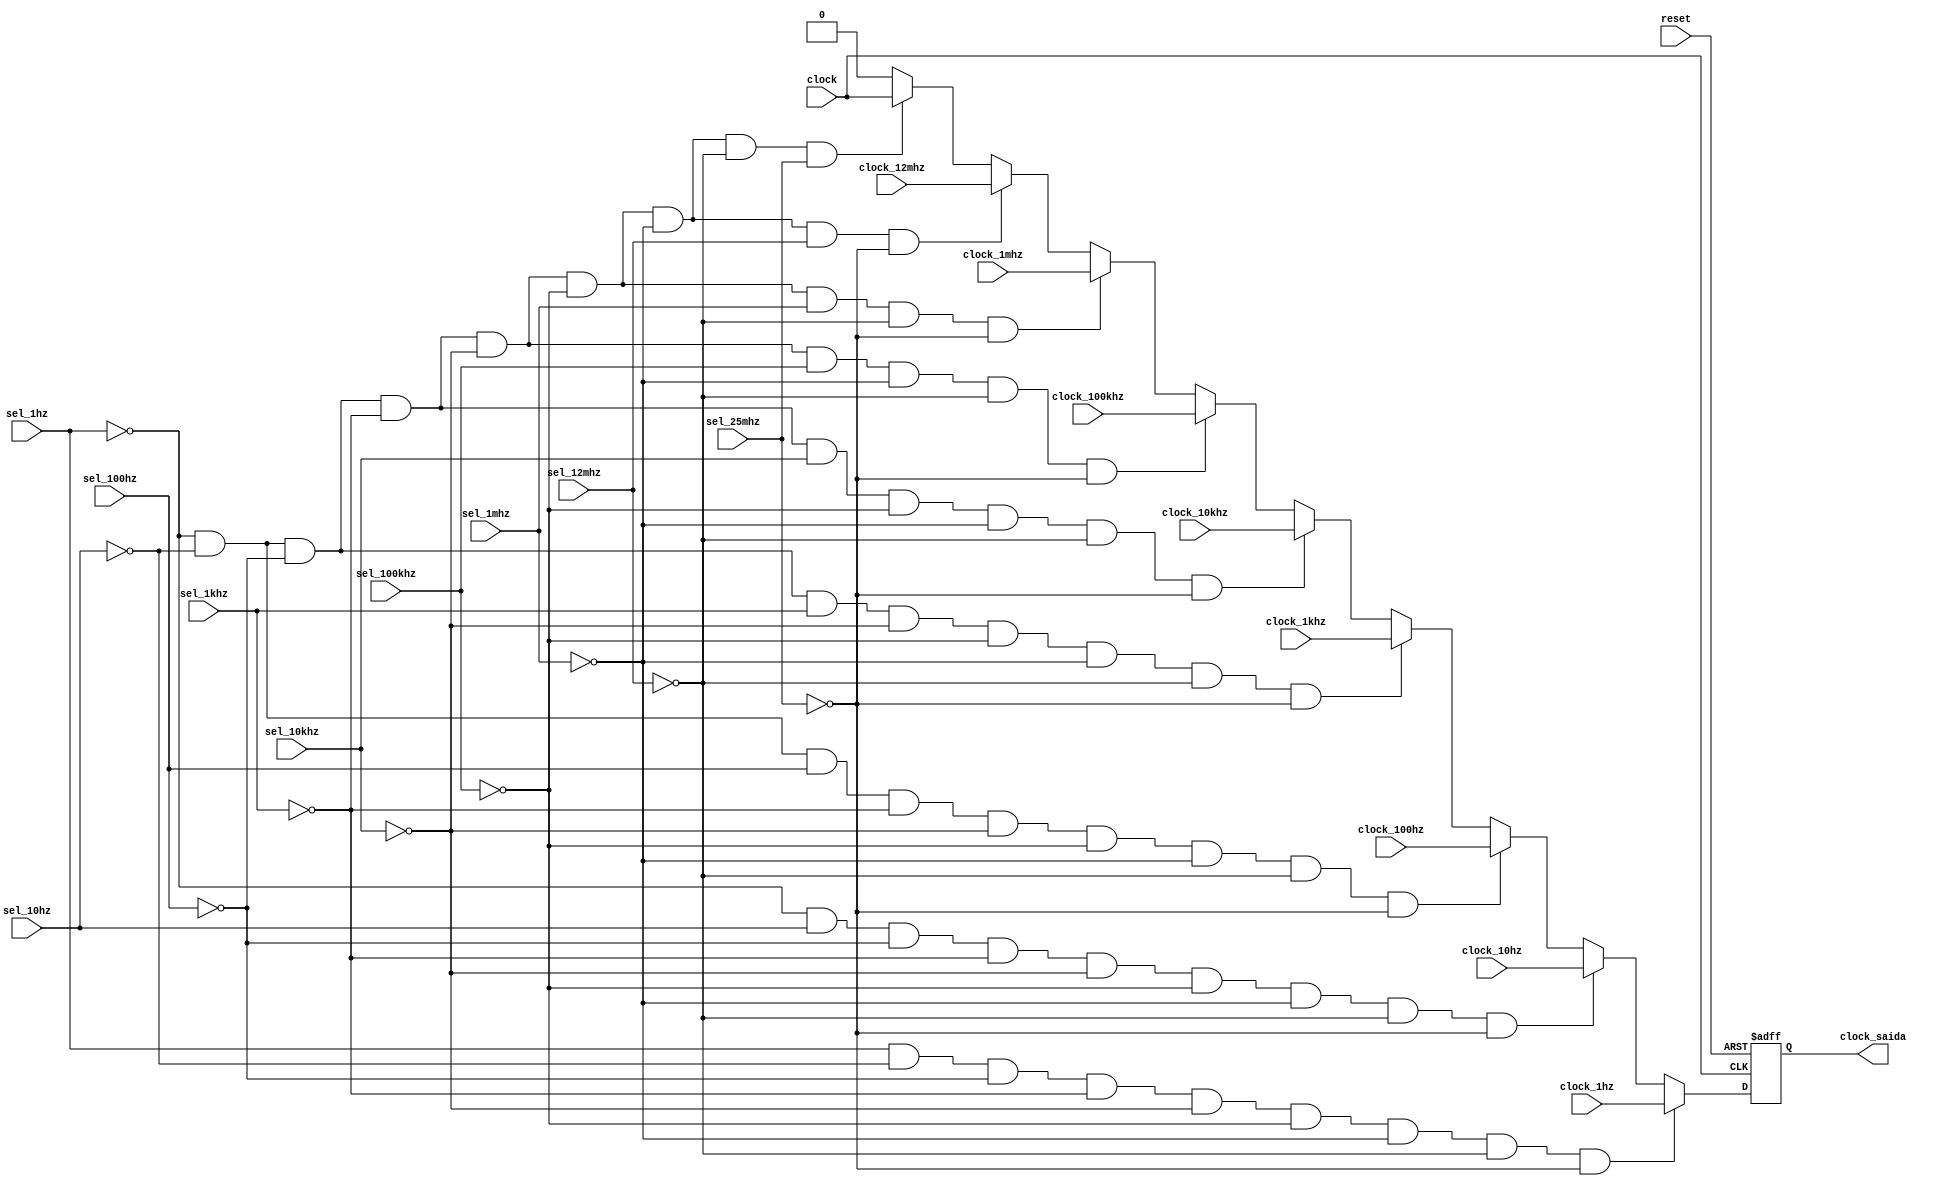
module SeletorClock(
input wire clock, 
input wire reset, 
input wire sel_1hz, 
input wire clock_1hz, 
input wire sel_10hz, 
input wire clock_10hz, 
input wire sel_100hz, 
input wire clock_100hz,
input wire sel_1khz, 
input wire clock_1khz, 
input wire sel_10khz, 
input wire clock_10khz,
input wire sel_100khz, 
input wire clock_100khz,
input wire sel_1mhz, 
input wire clock_1mhz,
input wire sel_12mhz,
input wire clock_12mhz,
input wire sel_25mhz,
output reg clock_saida
);

always @ (posedge clock or posedge reset)
begin
	if(reset) begin
		clock_saida <= 1'b0;
	end	
	else if( (sel_1hz == 1'b1) && (sel_10hz == 1'b0) && (sel_100hz == 1'b0) && (sel_1khz == 1'b0) && (sel_10khz == 1'b0) && (sel_100khz == 1'b0) && (sel_1mhz == 1'b0) && (sel_12mhz == 1'b0) && (sel_25mhz == 1'b0) ) begin
		clock_saida <= clock_1hz;
	end	
	else if( (sel_1hz == 1'b0) && (sel_10hz == 1'b1) && (sel_100hz == 1'b0) && (sel_1khz == 1'b0) && (sel_10khz == 1'b0) && (sel_100khz == 1'b0) && (sel_1mhz == 1'b0) && (sel_12mhz == 1'b0) && (sel_25mhz == 1'b0) ) begin
		clock_saida <= clock_10hz;
	end	
	else if( (sel_1hz == 1'b0) && (sel_10hz == 1'b0) && (sel_100hz == 1'b1) && (sel_1khz == 1'b0) && (sel_10khz == 1'b0) && (sel_100khz == 1'b0) && (sel_1mhz == 1'b0) && (sel_12mhz == 1'b0) && (sel_25mhz == 1'b0)) begin
		clock_saida <= clock_100hz;
	end
	else if( (sel_1hz == 1'b0) && (sel_10hz == 1'b0) && (sel_100hz == 1'b0) && (sel_1khz == 1'b1) && (sel_10khz == 1'b0) && (sel_100khz == 1'b0) && (sel_1mhz == 1'b0) && (sel_12mhz == 1'b0) && (sel_25mhz == 1'b0)) begin
		clock_saida <= clock_1khz;
	end
	else if( (sel_1hz == 1'b0) && (sel_10hz == 1'b0) && (sel_100hz == 1'b0) && (sel_1khz == 1'b0) && (sel_10khz == 1'b1) && (sel_100khz == 1'b0) && (sel_1mhz == 1'b0) && (sel_12mhz == 1'b0) && (sel_25mhz == 1'b0)) begin
		clock_saida <= clock_10khz;	
	end	
	else if( (sel_1hz == 1'b0) && (sel_10hz == 1'b0) && (sel_100hz == 1'b0) && (sel_1khz == 1'b0) && (sel_10khz == 1'b0) && (sel_100khz == 1'b1) && (sel_1mhz == 1'b0) && (sel_12mhz == 1'b0) && (sel_25mhz == 1'b0)) begin
		clock_saida <= clock_100khz;	
	end
	else if( (sel_1hz == 1'b0) && (sel_10hz == 1'b0) && (sel_100hz == 1'b0) && (sel_1khz == 1'b0) && (sel_10khz == 1'b0) && (sel_100khz == 1'b0) && (sel_1mhz == 1'b1) && (sel_12mhz == 1'b0) && (sel_25mhz == 1'b0)) begin
		clock_saida <= clock_1mhz;		
	end
	else if( (sel_1hz == 1'b0) && (sel_10hz == 1'b0) && (sel_100hz == 1'b0) && (sel_1khz == 1'b0) && (sel_10khz == 1'b0) && (sel_100khz == 1'b0) && (sel_1mhz == 1'b0) && (sel_12mhz == 1'b1) && (sel_25mhz == 1'b0)) begin
		clock_saida <= clock_12mhz;
	end
	else if( (sel_1hz == 1'b0) && (sel_10hz == 1'b0) && (sel_100hz == 1'b0) && (sel_1khz == 1'b0) && (sel_10khz == 1'b0) && (sel_100khz == 1'b0) && (sel_1mhz == 1'b0) && (sel_12mhz == 1'b0) && (sel_25mhz == 1'b1)) begin
		clock_saida <= clock;		
	end	
	else begin
		clock_saida <= 1'b0;
	end	
end

endmodule